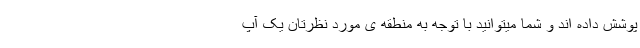
پوشش داده اند و شما میتوانید با توجه به منطقه ی مورد نظرتان یک آپ